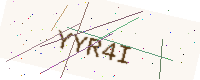
Text: YYR4I